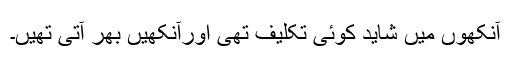
آنکھوں میں شاید کوئی تکلیف تھی اورآنکھیں بھر آتی تھیں۔